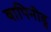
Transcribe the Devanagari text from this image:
बापिनीडु